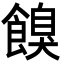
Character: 𩝠